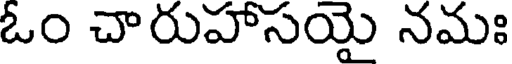
ఓం చారుహాసయై నమః